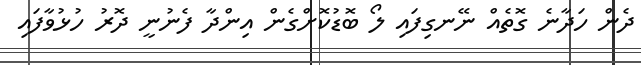
ދެން ހަދާނެ ގޮތެއް ނޭނގިފައި ލޯ ބޮޑުކޮށްގެން އިންދާ ފެނުނީ ދޮރު ހުޅުވާފައި